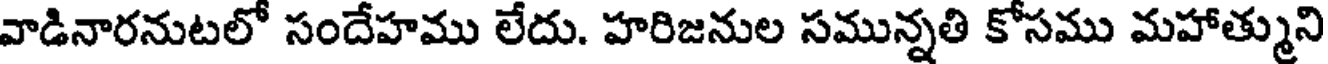
వాడినారనుటలో సందేహము లేదు. హరిజనుల సమున్నతి కోసము మహాత్ముని